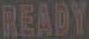
READY